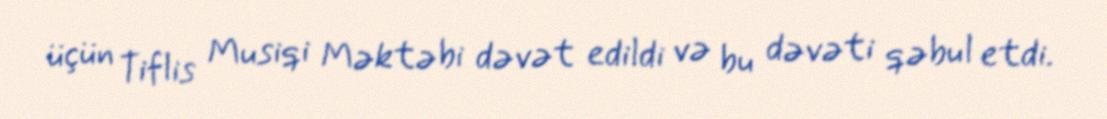
üçün Tiflis Musiqi Məktəbi dəvət edildi və bu dəvəti qəbul etdi.